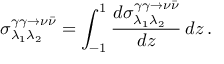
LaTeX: \sigma _ { \lambda _ { 1 } \lambda _ { 2 } } ^ { \gamma \gamma \to \nu \bar { \nu } } = \int _ { - 1 } ^ { 1 } \frac { d { \sigma } _ { \lambda _ { 1 } \lambda _ { 2 } } ^ { \gamma \gamma \to \nu \bar { \nu } } } { d z } \, d z \, .